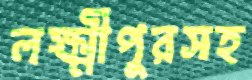
লক্ষ্মীপুরসহ